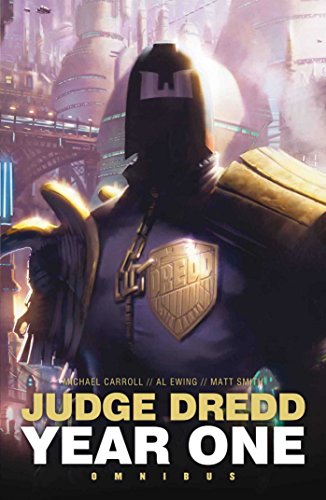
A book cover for Judge Dredd Year One: Omnibus; Matt Smith; Science Fiction & Fantasy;